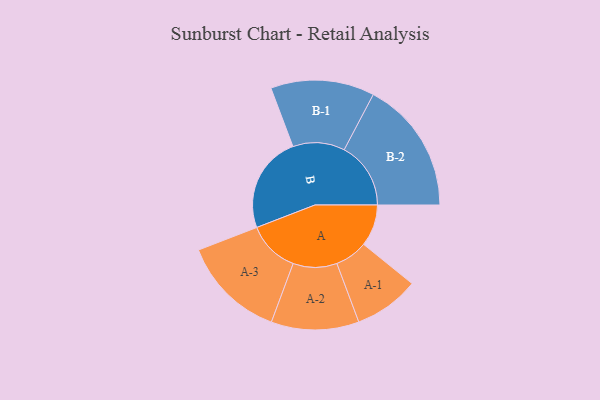
{"axis": {"x": "Segment", "y": "Value"}, "legend": ["", "A", "B"], "data": [{"x": "A", "y": 156, "type": ""}, {"x": "B", "y": 362, "type": ""}, {"x": "A-1", "y": 122, "type": "A"}, {"x": "A-2", "y": 164, "type": "A"}, {"x": "A-3", "y": 194, "type": "A"}, {"x": "B-1", "y": 194, "type": "B"}, {"x": "B-2", "y": 249, "type": "B"}]}